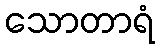
သောတာရံ